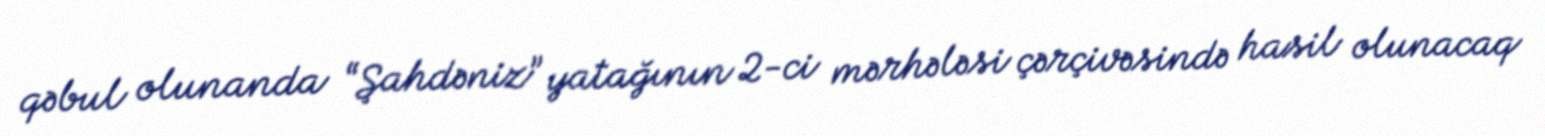
qəbul olunanda “Şahdəniz” yatağının 2-ci mərhələsi çərçivəsində hasil olunacaq